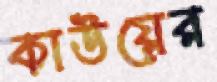
কাউয়ের